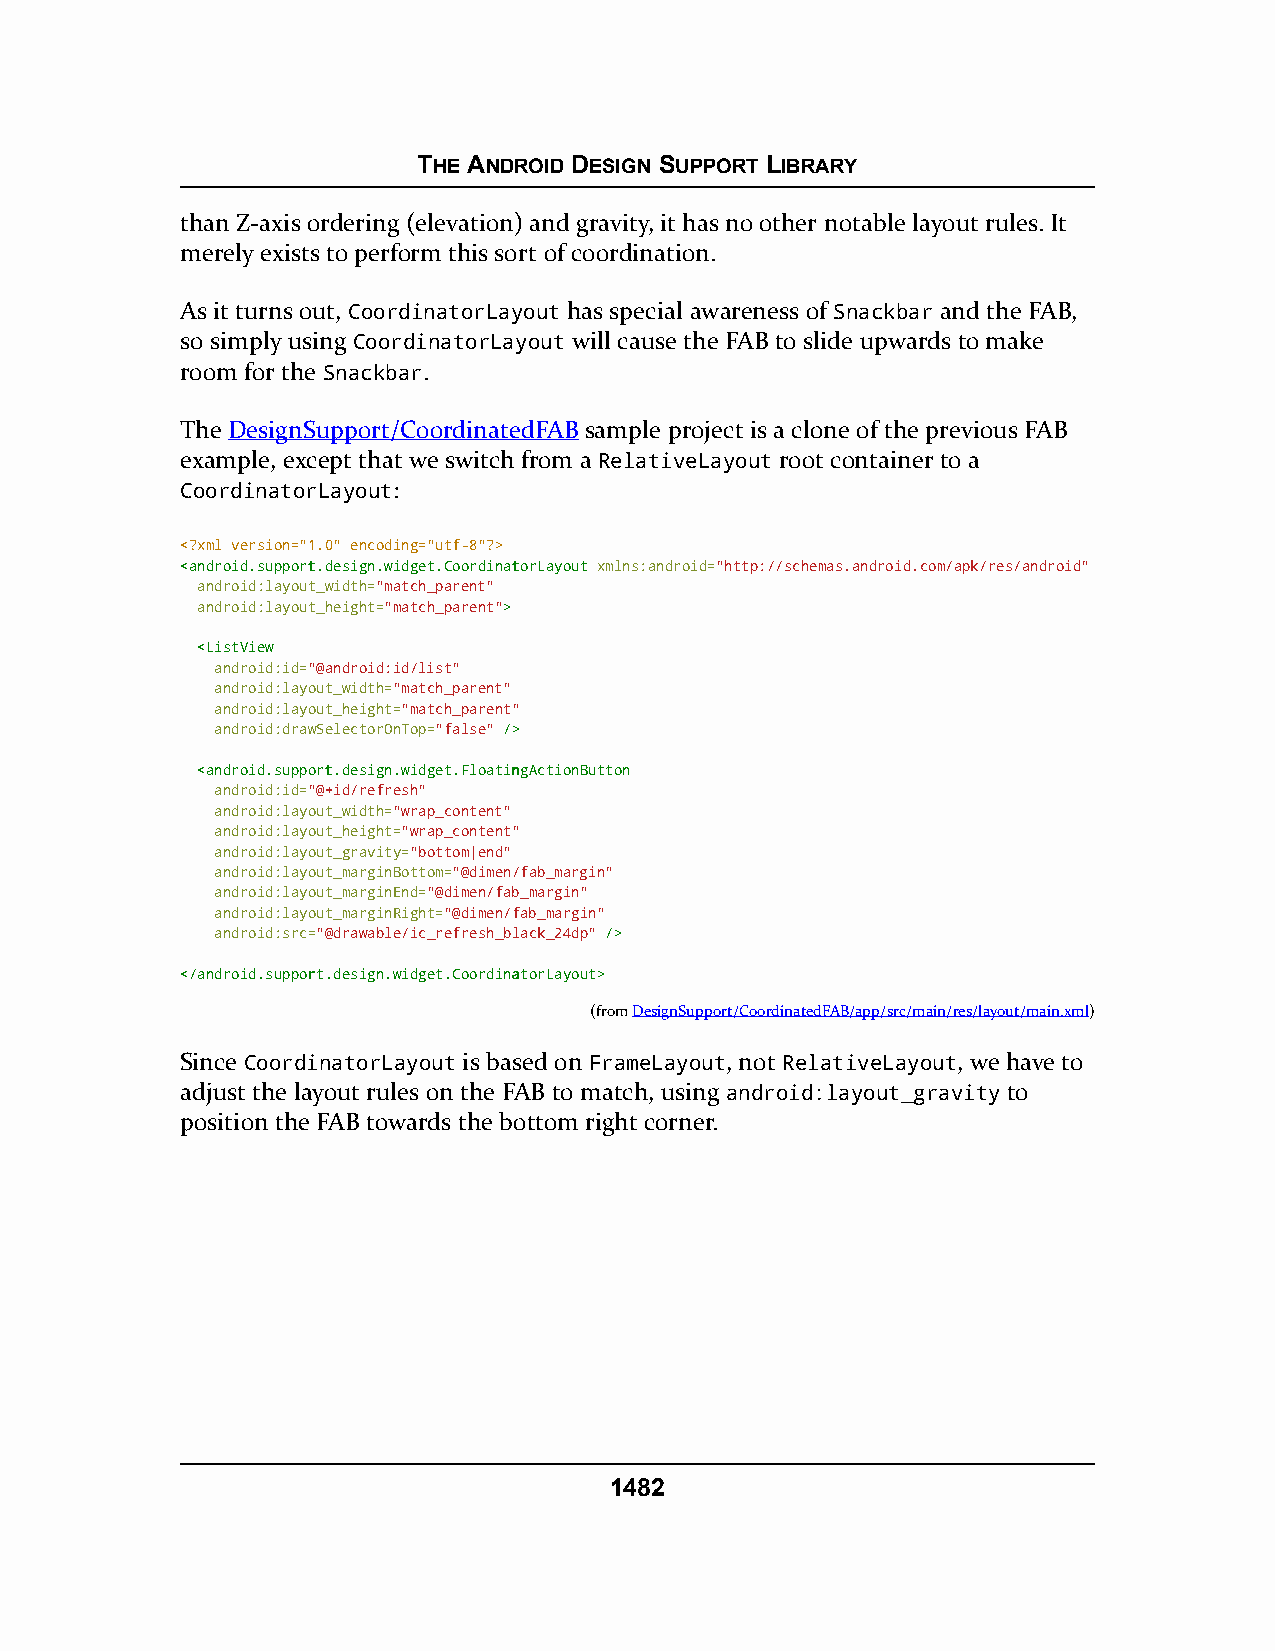
THE ANDROID DESIGN SUPPORT LIBRARY
 than Z-axis ordering (elevation) and gravity, it has no other notable layout rules. It
 merely exists to perform this sort of coordination.
 As it turns out, CoordinatorLayout has special awareness of Snackbar and the FAB,
 so simply using CoordinatorLayout will cause the FAB to slide upwards to make
 room for the Snackbar.
 The DesignSupport/CoordinatedFAB sample project is a clone of the previous FAB
 example, except that we switch from a RelativeLayout root container to a
 CoordinatorLayout:
 <?xml version="1.0" encoding="utf-8"?>
 <<aannddrrooiidd..ssuuppppoorrtt..ddeessiiggnn..wwiiddggeett..CCoooorrddiinnaattoorrLLaayyoouutt xmlns:android="http://schemas.android.com/apk/res/android"
 android:layout_width="match_parent"
 android:layout_height="match_parent">>
 <<LLiissttVViieeww
 android:id="@android:id/list"
 android:layout_width="match_parent"
 android:layout_height="match_parent"
 android:drawSelectorOnTop="false" //>>
 <<aannddrrooiidd..ssuuppppoorrtt..ddeessiiggnn..wwiiddggeett..FFllooaattiinnggAAccttiioonnBBuuttttoonn
 android:id="@+id/refresh"
 android:layout_width="wrap_content"
 android:layout_height="wrap_content"
 android:layout_gravity="bottom|end"
 android:layout_marginBottom="@dimen/fab_margin"
 android:layout_marginEnd="@dimen/fab_margin"
 android:layout_marginRight="@dimen/fab_margin"
 android:src="@drawable/ic_refresh_black_24dp" //>>
 <<//aannddrrooiidd..ssuuppppoorrtt..ddeessiiggnn..wwiiddggeett..CCoooorrddiinnaattoorrLLaayyoouutt>>
 (fromDesignSupport/CoordinatedFAB/app/src/main/res/layout/main.xml)
 Since CoordinatorLayout is based on FrameLayout, not RelativeLayout, we have to
 adjust the layout rules on the FAB to match, using android:layout_gravity to
 position the FAB towards the bottom right corner.
 1482